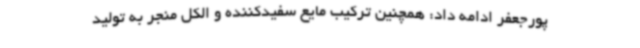
پورجعفر ادامه داد: همچنین ترکیب مایع سفیدکننده و الکل منجر به تولید